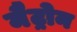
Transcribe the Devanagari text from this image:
मैट्रोन